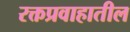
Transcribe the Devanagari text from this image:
रक्तप्रवाहातील